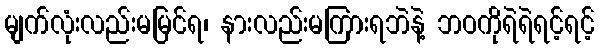
မျက်လုံးလည်းမမြင်ရ၊ နားလည်းမကြားရဘဲနဲ့ ဘဝကိုရဲရဲရင့်ရင့်